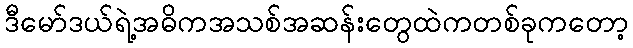
ဒီမော်ဒယ်ရဲ့အဓိကအသစ်အဆန်းတွေထဲကတစ်ခုကတော့